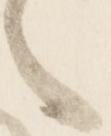
言